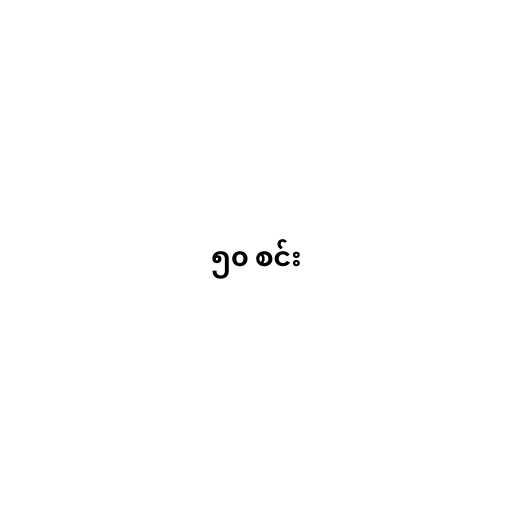
၅၀ စင်း